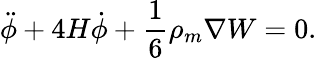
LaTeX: \ddot{\phi}+4H\dot{\phi}+\frac{1}{6}\rho_{m}\nabla W=0.